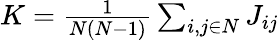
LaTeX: \begin{array}{r}{K=\frac{1}{N(N-1)}\sum_{i,j\in N}J_{ij}}\end{array}